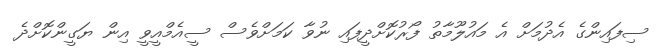
ސިފައިންގެ އެދުމަށް އެ މައުލޫމާތު ފޯރުކޮށްދީފައި ނުވާ ކަމަށްވެސް ސީއެމްއީވީ އިން ޔަގީންކޮށްދެ